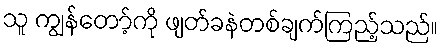
သူ ကျွန်တော့်ကို ဖျတ်ခနဲတစ်ချက်ကြည့်သည်။